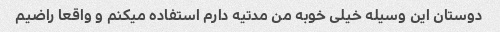
دوستان این وسیله خیلی خوبه من مدتیه دارم استفاده میکنم و واقعا راضیم